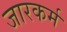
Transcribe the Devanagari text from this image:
जारकर्म